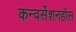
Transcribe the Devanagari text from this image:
कन्वर्सेशनहॉस